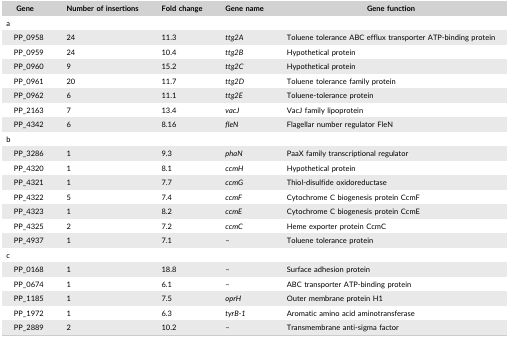
| Gene | Number of insertions | Fold change | Gene name | Gene function |
 | --- | --- | --- | --- | --- |
 | <COLSPAN=5> a |
 | PP_0958 | 24 | 11.3 | ttg2A | Toluene tolerance ABC efflux transporter ATP‐binding protein |
 | PP_0959 | 24 | 10.4 | ttg2B | Hypothetical protein |
 | PP_0960 | 9 | 15.2 | ttg2C | Hypothetical protein |
 | PP_0961 | 20 | 11.7 | ttg2D | Toluene tolerance family protein |
 | PP_0962 | 6 | 11.1 | ttg2E | Toluene‐tolerance protein |
 | PP_2163 | 7 | 13.4 | vacJ | VacJ family lipoprotein |
 | PP_4342 | 6 | 8.16 | fleN | Flagellar number regulator FleN |
 | <COLSPAN=5> b |
 | PP_3286 | 1 | 9.3 | phaN | PaaX family transcriptional regulator |
 | PP_4320 | 1 | 8.1 | ccmH | Hypothetical protein |
 | PP_4321 | 1 | 7.7 | ccmG | Thiol‐disulfide oxidoreductase |
 | PP_4322 | 5 | 7.4 | ccmF | Cytochrome C biogenesis protein CcmF |
 | PP_4323 | 1 | 8.2 | ccmE | Cytochrome C biogenesis protein CcmE |
 | PP_4325 | 2 | 7.2 | ccmC | Heme exporter protein CcmC |
 | PP_4937 | 1 | 7.1 | – | Toluene tolerance protein |
 | <COLSPAN=5> c |
 | PP_0168 | 1 | 18.8 | – | Surface adhesion protein |
 | PP_0674 | 1 | 6.1 | – | ABC transporter ATP‐binding protein |
 | PP_1185 | 1 | 7.5 | oprH | Outer membrane protein H1 |
 | PP_1972 | 1 | 6.3 | tyrB‐1 | Aromatic amino acid aminotransferase |
 | PP_2889 | 2 | 10.2 | – | Transmembrane anti‐sigma factor |